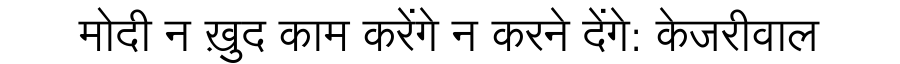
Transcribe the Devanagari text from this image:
मोदी न ख़ुद काम करेंगे न करने देंगे: केजरीवाल